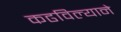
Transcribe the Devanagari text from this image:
कढविल्याने